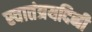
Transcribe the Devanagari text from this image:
स्वातंत्रयदिनी